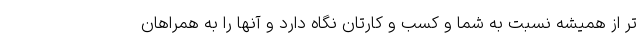
تر از همیشه نسبت به شما و کسب و کارتان نگاه دارد و آنها را به همراهان